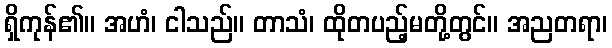
ရှိကုန်၏။ အဟံ၊ ငါသည်။ တာသံ၊ ထိုတပည့်မတို့တွင်။ အညတရာ၊